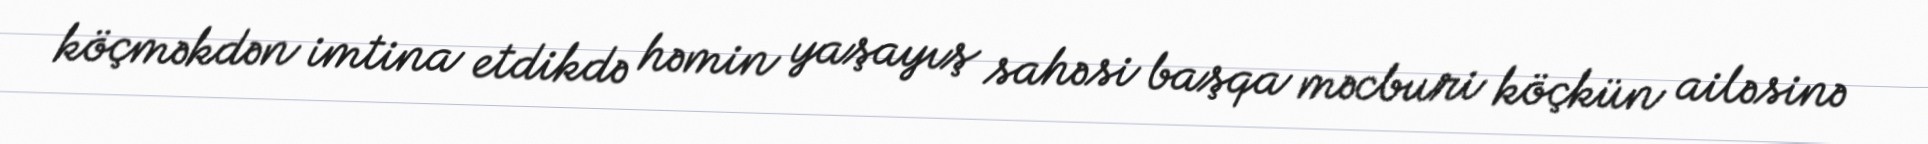
köçməkdən imtina etdikdə həmin yaşayış sahəsi başqa məcburi köçkün ailəsinə